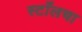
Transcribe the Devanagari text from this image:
स्टाँलचा